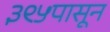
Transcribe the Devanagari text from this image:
३९५पासून